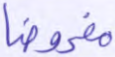
مفروضا